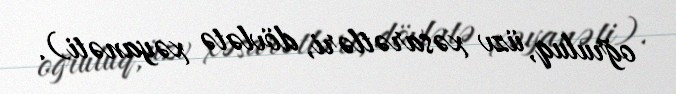
oğruluq, üzv xəsarətləri, dövlətə xəyanəti).